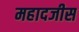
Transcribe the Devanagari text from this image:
महादजीस